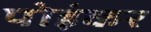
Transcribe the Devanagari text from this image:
पोइंकर